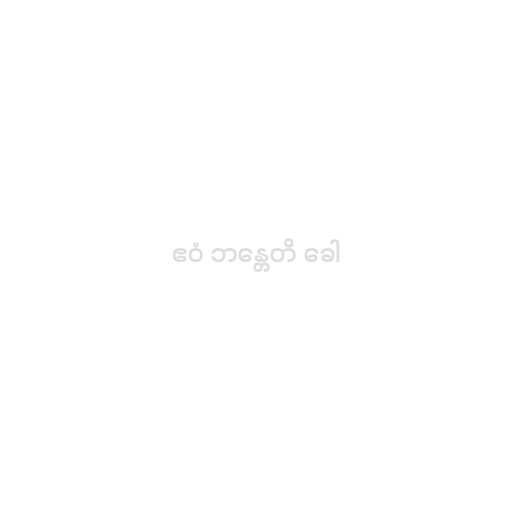
ဧဝံ ဘန္တေတိ ခေါ